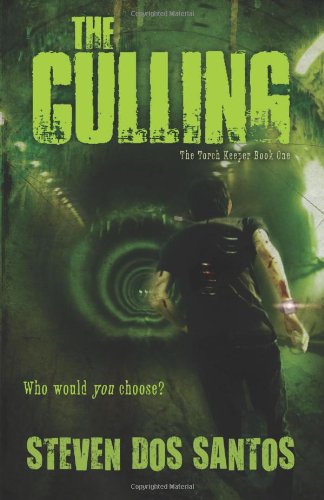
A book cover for The Culling (The Torch Keeper); Steven dos Santos; Teen & Young Adult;